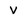
Character: V